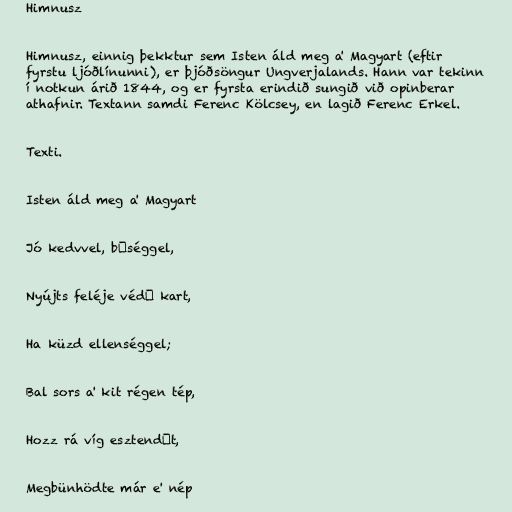
Himnusz

Himnusz, einnig þekktur sem Isten áld meg a' Magyart (eftir
fyrstu ljóðlínunni), er þjóðsöngur Ungverjalands. Hann var tekinn
í notkun árið 1844, og er fyrsta erindið sungið við opinberar
athafnir. Textann samdi Ferenc Kölcsey, en lagið Ferenc Erkel.

Texti.

Isten áld meg a' Magyart

Jó kedvvel, bőséggel,

Nyújts feléje védő kart,

Ha küzd ellenséggel;

Bal sors a' kit régen tép,

Hozz rá víg esztendőt,

Megbünhödte már e' nép